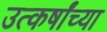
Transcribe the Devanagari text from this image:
उत्कर्षांच्या